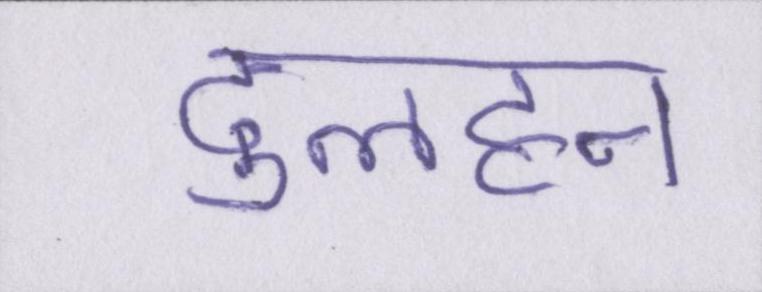
दुलहन